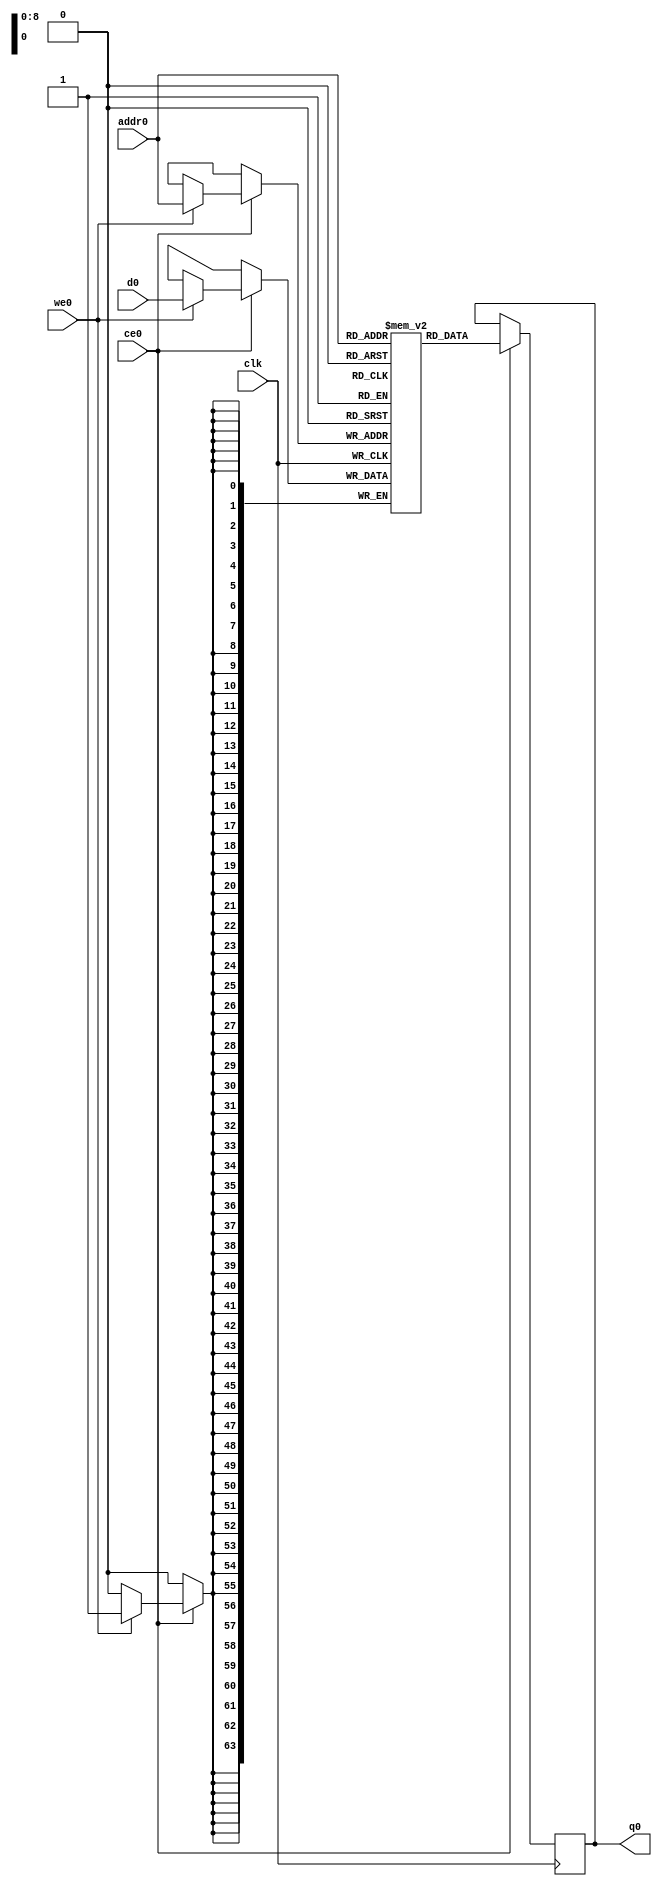
// ==============================================================
// Vivado(TM) HLS - High-Level Synthesis from C, C++ and SystemC v2019.2 (64-bit)
// Copyright 1986-2019 Xilinx, Inc. All Rights Reserved.
// ==============================================================
`timescale 1 ns / 1 ps
module backprop_changeMat_ram (addr0, ce0, d0, we0, q0,  clk);

parameter DWIDTH = 64;
parameter AWIDTH = 9;
parameter MEM_SIZE = 300;

input[AWIDTH-1:0] addr0;
input ce0;
input[DWIDTH-1:0] d0;
input we0;
output reg[DWIDTH-1:0] q0;
input clk;

(* ram_style = "block" *)reg [DWIDTH-1:0] ram[0:MEM_SIZE-1];




always @(posedge clk)  
begin 
    if (ce0) begin
        if (we0) 
            ram[addr0] <= d0; 
        q0 <= ram[addr0];
    end
end


endmodule

`timescale 1 ns / 1 ps
module backprop_changeMat(
    reset,
    clk,
    address0,
    ce0,
    we0,
    d0,
    q0);

parameter DataWidth = 32'd64;
parameter AddressRange = 32'd300;
parameter AddressWidth = 32'd9;
input reset;
input clk;
input[AddressWidth - 1:0] address0;
input ce0;
input we0;
input[DataWidth - 1:0] d0;
output[DataWidth - 1:0] q0;



backprop_changeMat_ram backprop_changeMat_ram_U(
    .clk( clk ),
    .addr0( address0 ),
    .ce0( ce0 ),
    .we0( we0 ),
    .d0( d0 ),
    .q0( q0 ));

endmodule